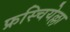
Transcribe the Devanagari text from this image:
फ्रस्चियेल्ला